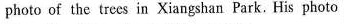
a photo of the trees in Xiangshan Park. His photo